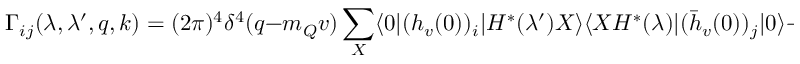
\Gamma _ { i j } ( \lambda , \lambda ^ { \prime } , q , k ) = ( 2 \pi ) ^ { 4 } \delta ^ { 4 } ( q - m _ { Q } v ) \sum _ { X } \langle 0 \vert ( h _ { v } ( 0 ) ) _ { i } \vert H ^ { * } ( \lambda ^ { \prime } ) X \rangle \langle X H ^ { * } ( \lambda ) \vert ( \bar { h } _ { v } ( 0 ) ) _ { j } \vert 0 \rangle + \cdots ,